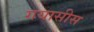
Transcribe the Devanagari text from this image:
गयासीस